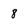
Character: 8